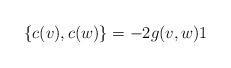
LaTeX: \begin{align*}\left\{ c(v),c(w)\right\} =-2g(v,w)1\end{align*}